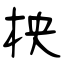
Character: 柍